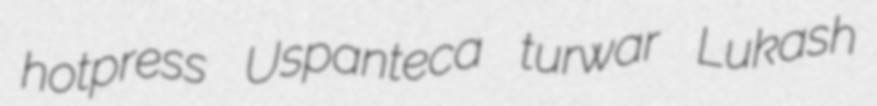
hotpress Uspanteca turwar Lukash